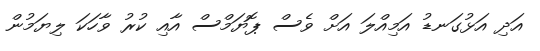
އަދި އަޅުގަނޑު އަމިއްލަ އަށް ވެސް ޕޮޔަމްސް އާއި ކުރު ވާހަކަ ލިޔަމުން